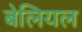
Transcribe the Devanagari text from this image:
बेलियल